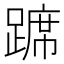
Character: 𫏛